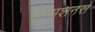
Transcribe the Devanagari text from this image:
स्टेसशनर्स